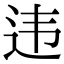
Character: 违